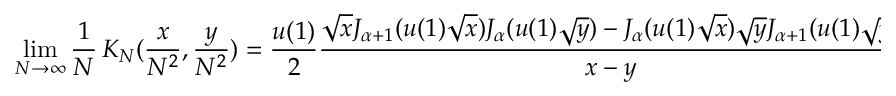
\operatorname * { l i m } _ { N \rightarrow \infty } \frac 1 N \, K _ { N } ( \frac { x } { N ^ { 2 } } , \frac { y } { N ^ { 2 } } ) = \frac { u ( 1 ) } { 2 } \frac { \sqrt { x } J _ { \alpha + 1 } ( u ( 1 ) \sqrt { x } ) J _ { \alpha } ( u ( 1 ) \sqrt { y } ) - J _ { \alpha } ( u ( 1 ) \sqrt { x } ) \sqrt { y } J _ { \alpha + 1 } ( u ( 1 ) \sqrt { y } ) } { x - y } .